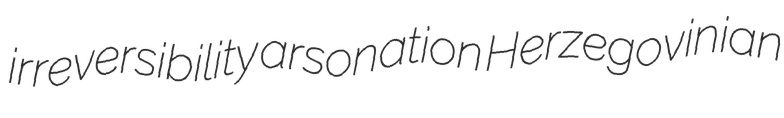
irreversibility arsonation Herzegovinian